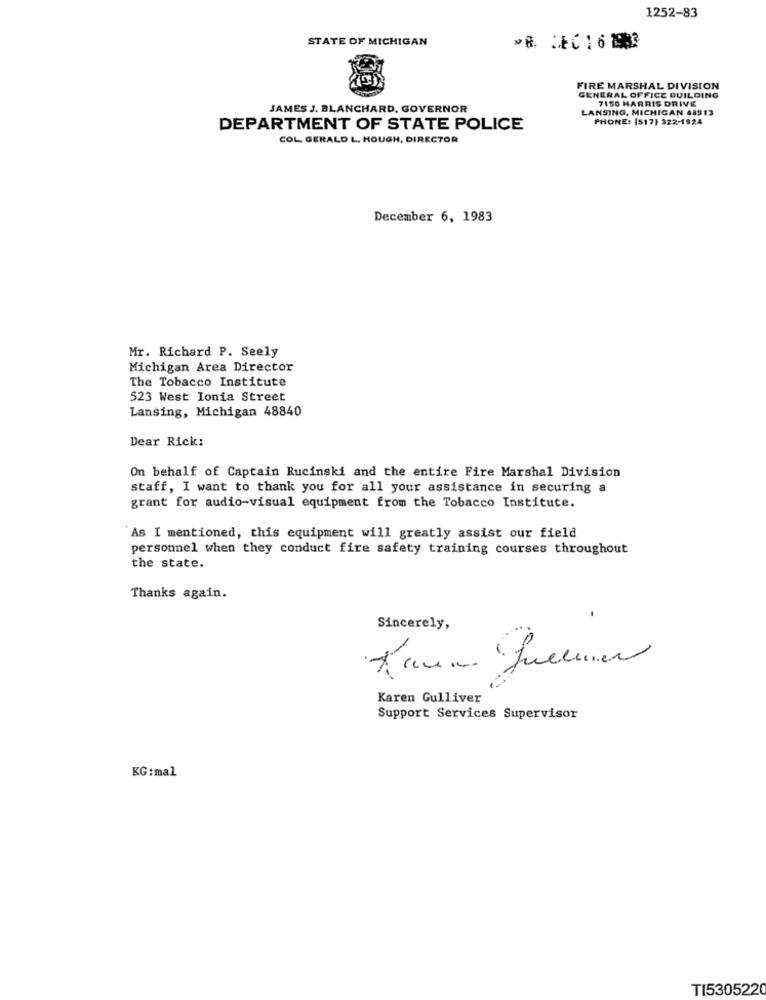
1252-83
STATE OF MICHIGAN
FIRE MARSHAL DIVISION
GENERAL OFFICE BUILDING
JAMES J. BLANCHARD, GOVERNOR
LANSING, MICHIGAN 48913
7150 HARRIS DRIVE
PHONE: (517) 322-1924
DEPARTMENT OF STATE POLICE
COL. GERALD L. HOUGH, DIRECTOR
December 6, 1983
Mr. Richard P. Seely
Michigan Area Director
The Tobacco Institute
523 West Ionia Street
Lansing, Michigan 48840
Dear Rick:
On behalf of Captain Rucinski and the entire Fire Marshal Division
staff, I want to thank you for all your assistance in securing a
grant for audio-visual equipment from the Tobacco Institute.
As I mentioned, this equipment will greatly assist our field
personnel when they conduct fire safety training courses throughout
the state.
Thanks again.
Sincerely,
Karen Gulliver
Support Services Supervisor
KG:mal
TI5305220